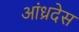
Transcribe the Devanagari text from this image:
आंध्रदेस